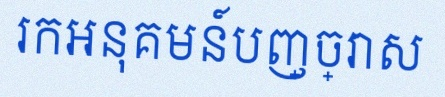
រកអនុគមន៍បញ្ច្រាស